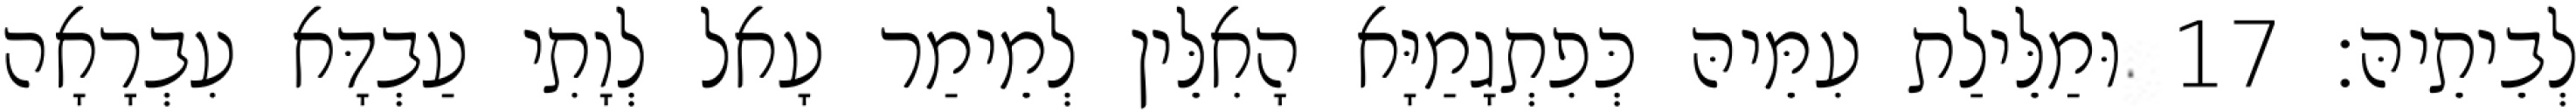
לְבֵיתֵיהּ׃ 17 וּמַלֵּילַת עִמֵּיהּ כְּפִתְגָמַיָּא הָאִלֵּין לְמֵימַר עָאל לְוָתִי עַבְדָּא עִבְרָאָה